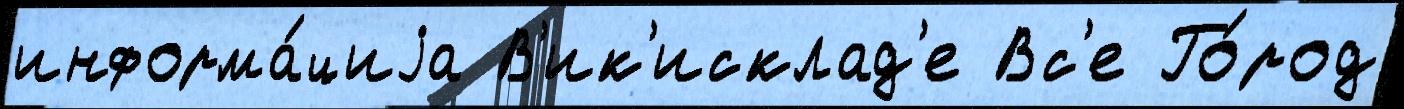
информа́циjа В'ик'исклад'е Вс'е Го́род